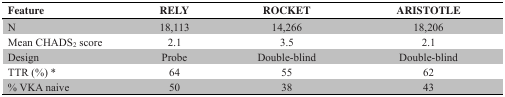
<table><thead><tr><td><b>Feature</b></td><td><b>RELY</b></td><td><b>ROCKET</b></td><td><b>ARISTOTLE</b></td></tr></thead><tbody><tr><td>N</td><td>18,113</td><td>14,266</td><td>18,206</td></tr><tr><td>Mean CHADS<sub>2</sub> score</td><td>2.1</td><td>3.5</td><td>2.1</td></tr><tr><td>Design</td><td>Probe</td><td>Double-blind</td><td>Double-blind</td></tr><tr><td>TTR (%) *</td><td>64</td><td>55</td><td>62</td></tr><tr><td>% VKA naive</td><td>50</td><td>38</td><td>43</td></tr></tbody></table>